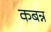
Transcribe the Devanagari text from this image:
कबन्न